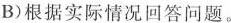
B)根据实际情况回答问题.